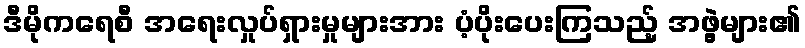
ဒီမိုကရေစီ အရေးလှုပ်ရှားမှုများအား ပံ့ပိုးပေးကြသည့် အဖွဲ့များ၏